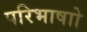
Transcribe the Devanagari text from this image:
परिभाषाो